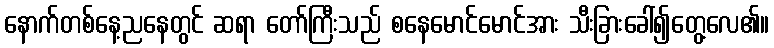
နောက်တစ်နေ့ညနေတွင် ဆရာ တော်ကြီးသည် စနေမောင်မောင်အား သီးခြားခေါ်၍တွေ့လေ၏။